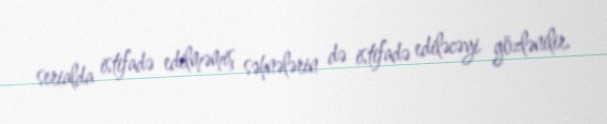
serialda istifadə edilməmiş səhnələrin də istifadə ediləcəyi gözlənilir.